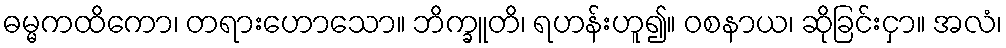
ဓမ္မကထိကော၊ တရားဟောသော။ ဘိက္ခူတိ၊ ရဟန်းဟူ၍။ ဝစနာယ၊ ဆိုခြင်းငှာ။ အလံ၊